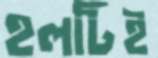
হলটিই